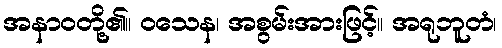
အနာဝတို့၏။ ဝသေန၊ အစွမ်းအားဖြင့်။ အရုဘူတံ၊